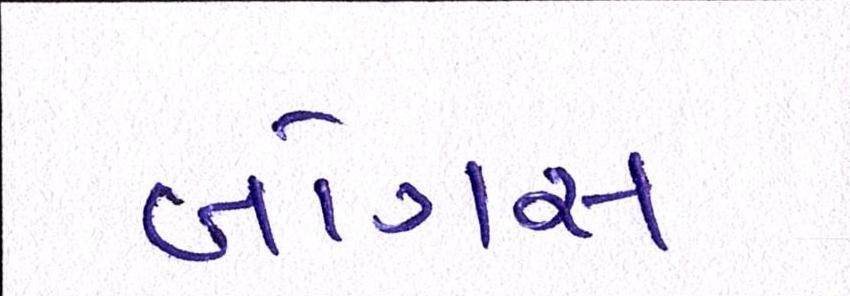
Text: બોગસ